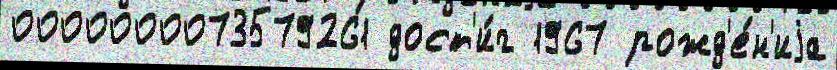
0000000073579261 дост'и́г 1967 рожд'е́н'иjа